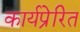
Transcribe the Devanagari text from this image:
कार्यप्रेरित